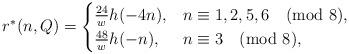
LaTeX: \begin{align*}r^*(n,Q)=\begin{cases}\frac{24}{w}h(-4n),&n\equiv 1,2,5,6\pmod{8},\\\frac{48}{w}h(-n),&n\equiv 3\pmod{8},\end{cases}\end{align*}